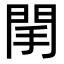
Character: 䦐